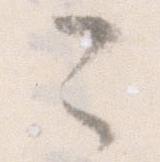
こ